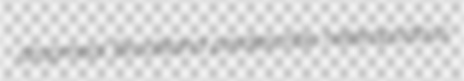
dropmeal Brookland predescribe heteropodous